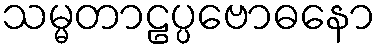
သမ္မတာဠပ္ပဗောဓနော